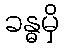
ခန္ဓမှိ